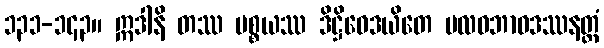
၁၃၁-၁၄၃။ ဣဒါနိ တဿ ပစ္စယဿ ဒိဋ္ဌိဝေဒယိတေ ဗလဝဘာဝဒဿနတ္ထံ